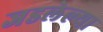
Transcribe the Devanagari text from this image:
जडलेल्या